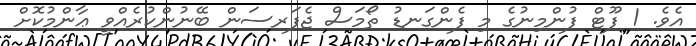
އެވެ. 1 ފޫޓް ފުންމިނުގެ މި ފެންގަނޑު ތޯމަސް ޖެފަރސަން ބޭނުންކުރެއްވީ ޢާންމުކޮށް